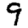
Digit: 9